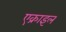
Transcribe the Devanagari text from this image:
एक्राइल